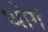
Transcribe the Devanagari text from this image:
थोगं